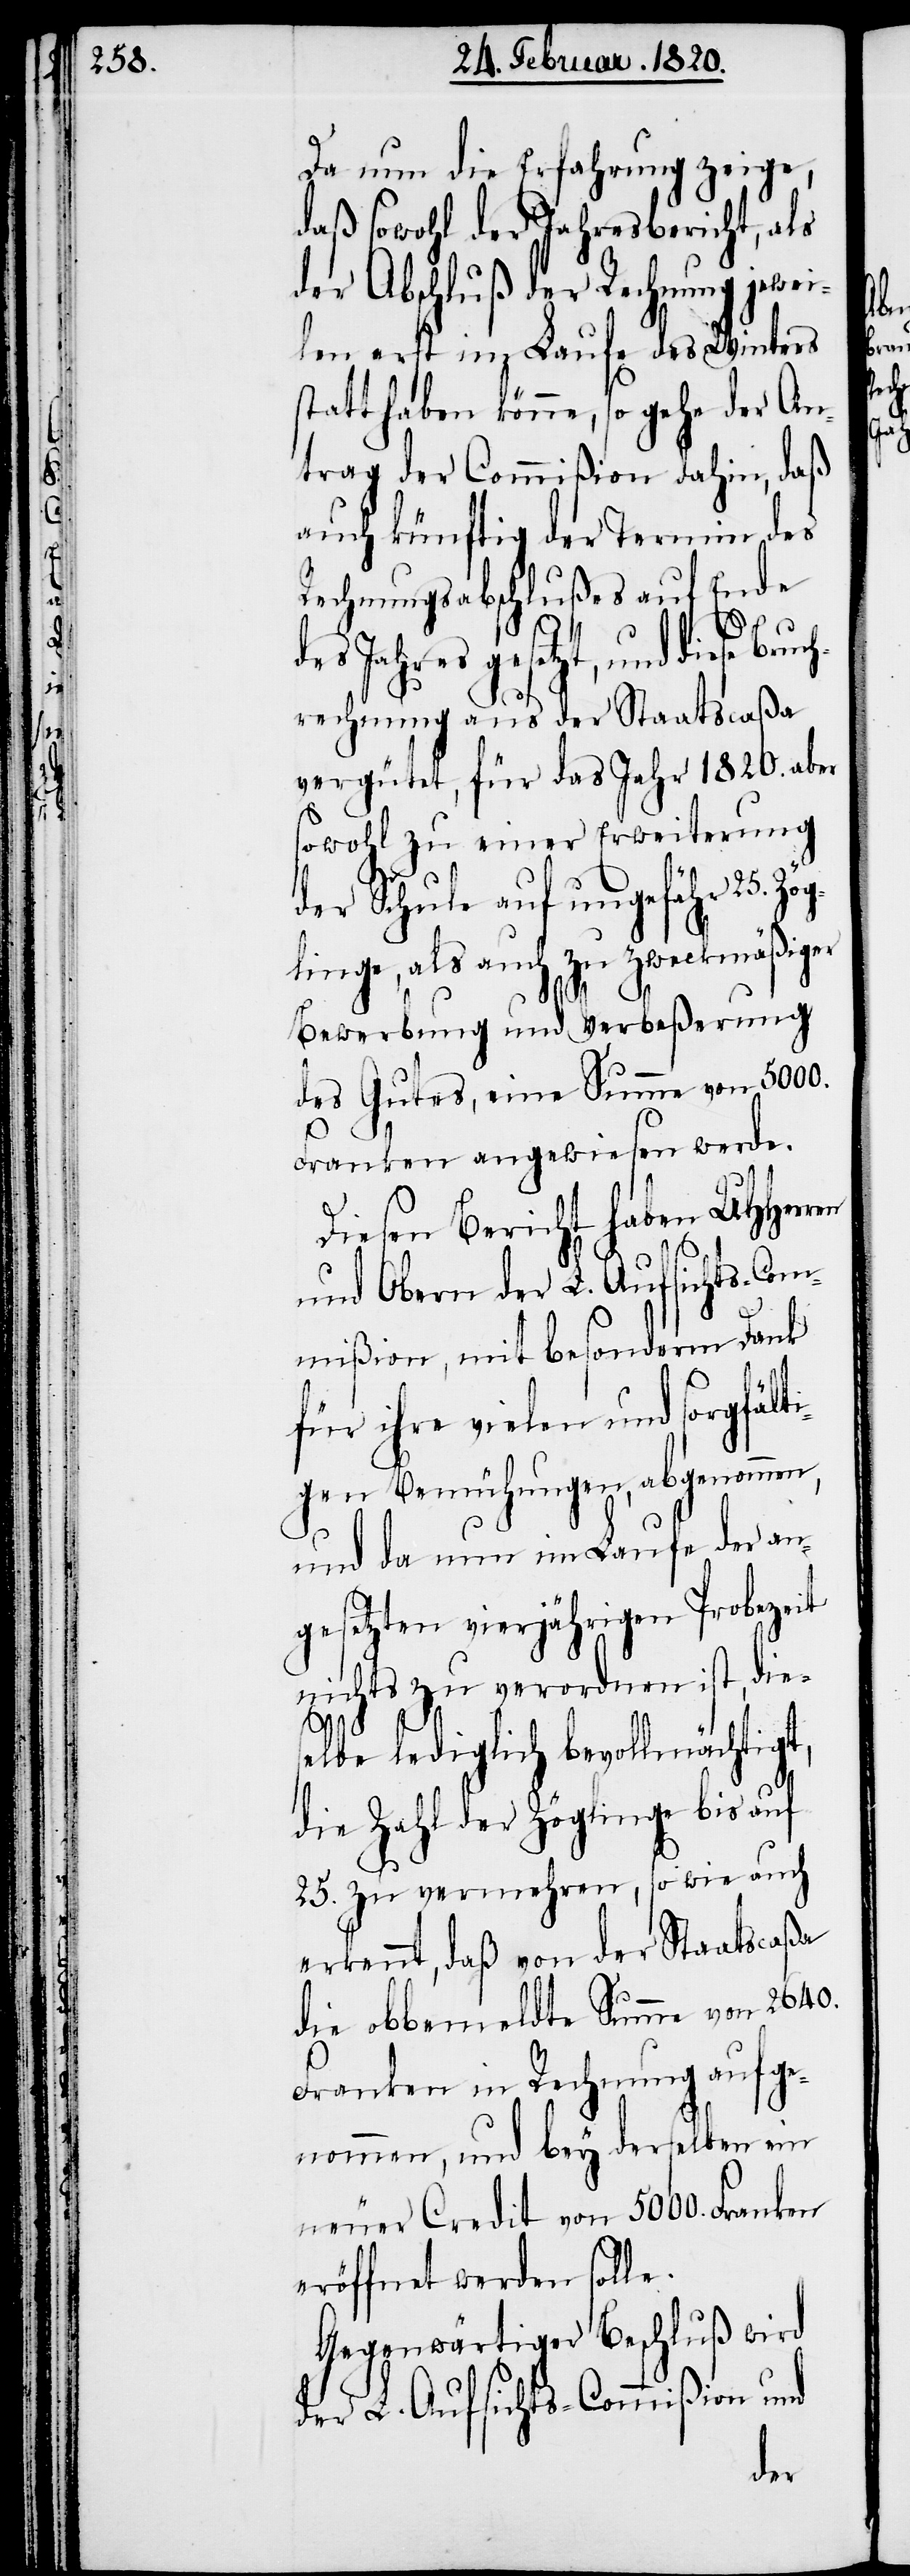
Da nun die Erfahrung zeige,
daß sowohl der Jahresbericht, als
der Abschluß der Rechnung jewei¬
len erst im Laufe des Winters
trag der Commißion dahin, daß
auch künftig der Termin des
Rechnungsabschlußes auf Ende
es Jahres gesetzt, und die¬
rechnung aus der Staatscaßa
vergütet, für das Jahr 1820. aber
sowohl zu einer Erweiterung
der Schule auf ungefähr 25.
linge, als auch zu zweckmäßiger
Bewerbung und Verbeßerung
des Gutes, eine Summe von 5000.
Franken angewiesen werde.
Diesen Bericht haben UHHerren
und Obern der L. Aufsichts-Com¬
mißion, mit besonderm Dank
für ihre vielen und sorgfält¬
igen Bemühungen, abgenommen,
und da nun im Laufe der an¬
gesetzten vierjährigen Probezeit
nichts zu verordnen ist, die¬
d¬
selbe lediglich bevollmächtigt,
die Zahl der Zöglinge bis auf
25. zu vermehren, so wie auch
erkennt, daß von der Staatscaßa
die obbemeldte Summe von 2640.
Franken in Rechnung aufge¬
nommen, und bey derselben ein
neuer Credit von 5000. Franken
eröffnet werden solle.
Gegenwärtiger Beschluß wird
der L. Aufsichts-Commißion und

könn¬
se
Zög¬